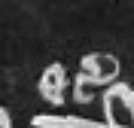
etc